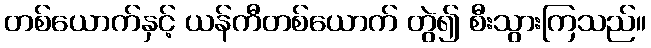
တစ်ယောက်နှင့် ယန်ကီတစ်ယောက် တွဲ၍ စီးသွားကြသည်။